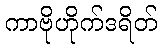
ကာဗိုဟိုက်ဒရိတ်